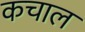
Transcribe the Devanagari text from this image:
कचाल